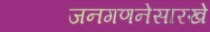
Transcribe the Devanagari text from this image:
जनगणनेसारखे